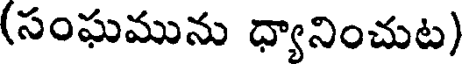
(సంఘమును ధ్యానించుట)